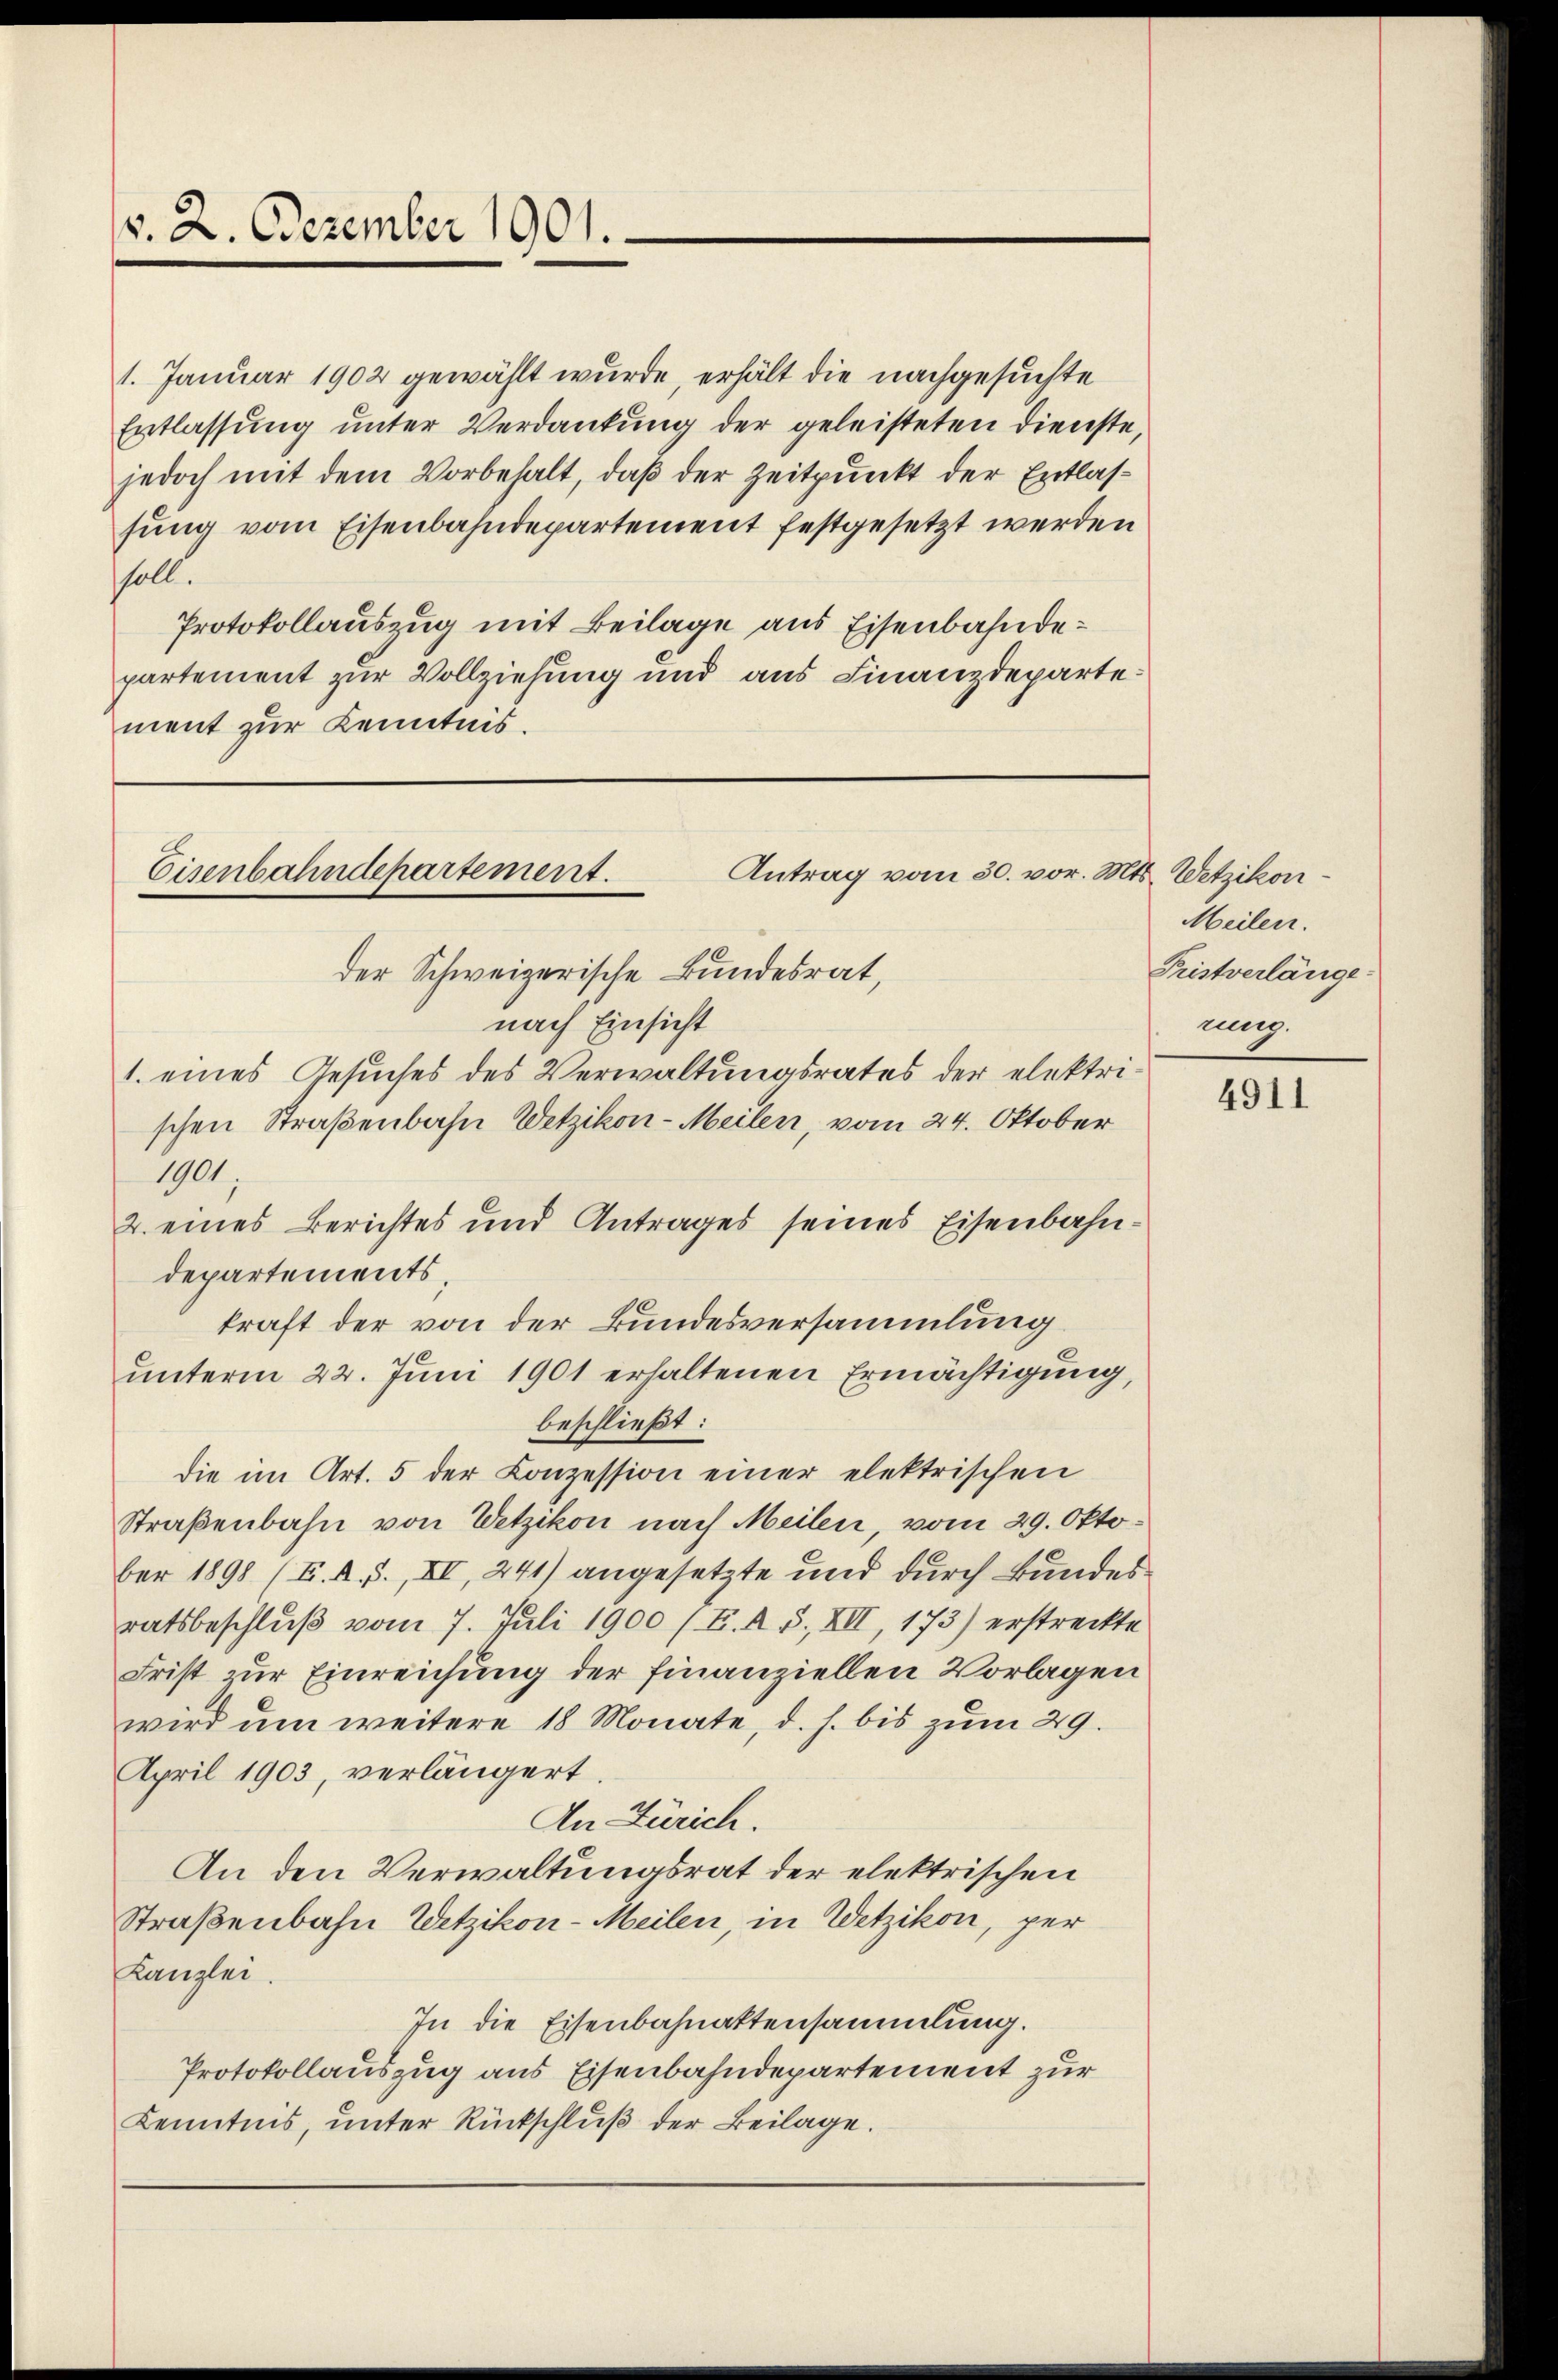
v. 2. Dezember 1901.

1. Januar 1902 gewählt wurde, erhält die nachgesuchte
Entlassung unter Verdankung der geleisteten Dienste
jedoch mit dem Vorbehalt, daß der Zeitpunkt der Entlassung vom Eisenbahndepartement festgesetzt werden
soll.
Protokollauszug mit Beilage aus Eisenbahndepartement zur Vollziehung und aus Finanzdeparte:
ment zur Kenntnis.

Eisenbahndepartement.
Antrag vom 30. vor. Mts. Wetzikon¬

der Schweizerische Bundesrat,
nach Einsicht
1. eines Gesuches des Verwaltungsrates der elektrischen Straßenbahn Wetzikon-Meilen, vom 24. Oktober
1901,
2. eines Berichtes und Antrages seines Eisenbahndepartements,
kraft der von der Bundesversammlung.
unterm 22. Juni 1901 erhaltenen Ermächtigung,
beschließt:
die im Art. 5 der Conzession einer elektrischen
Straßenbahn von Wetzikon nach Meilen, vom 29. Oktober 1898 (E. A. S., XI, 241) angesetzte und durch Bundes
ratsbeschluß vom 7. Juli 1900 (E. R. 5. XII, 173) erstreckte
Frist zur Einreichung der finanziellen Vorlagen
wird um weitere 18 Monate, d. h. bis zum 29.
April 1903, verlängert.
An Zürich.
An den Verwaltungsrat der elektrischen
Straßenbahn Wetzikon-Meilen in Wetzikon, per
Kanzlei.
In die Eisenbahnattensammlung.
Protokollauszug aus Eisenbahndepartement zur
Kenntnis, ŭnter Rückschlŭβ der Beilage.

Meilen.
Pristverlänge
mung.

4911